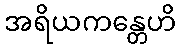
အရိယကန္တေဟိ